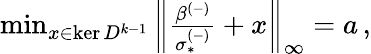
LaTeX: \begin{array}{r}{\operatorname*{min}_{x\in\ker D^{k-1}}\left\lVert\frac{\beta^{(-)}}{\sigma_{*}^{(-)}}+x\right\rVert_{\infty}=a\, ,}\end{array}